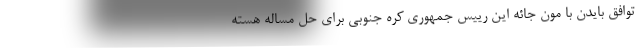
توافق بایدن با مون جائه این رییس جمهوری کره جنوبی برای حل مساله هسته